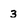
Character: 3